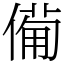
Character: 僃